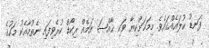
ފަނޑު ކުލައެއްގައެވެ. މިމަހަށްކިޔާ ވަކި ޚާއްޞަ ނަމެއް ރިކޯޑް ކުރެވިފައި ނެތުމާއެކު މަހުގެ